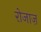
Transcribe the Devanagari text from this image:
रोजाज़